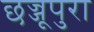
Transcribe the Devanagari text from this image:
छज्जूपुरा